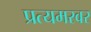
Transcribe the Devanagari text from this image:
प्रत्यमरवर